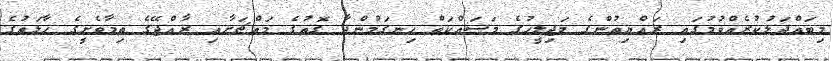
މިބައްދަލުކުރެއްވުމުގައި ރައްޔިތުންގެ މަޖިލީހުގެ މަސައްކަތް ހިނގަމުންދާ ގޮތުގެ މައްޗަށާއި ރާއްޖޭގެ ތިމާވެށީގެ ޙާލަތުގެ